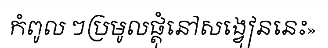
កំពូល ៗប្រមូលផ្តុំនៅសង្វៀននេះ»